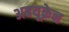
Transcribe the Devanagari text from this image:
अबयूक्रेन